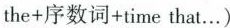
the+序数词+time that….)